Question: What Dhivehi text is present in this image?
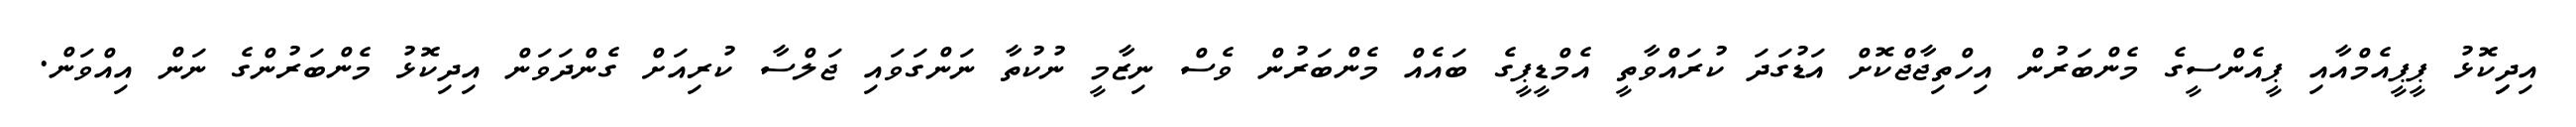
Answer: އިދިިކޮޅު ޕީޕީއެމްއާއި ޕީއެންސީގެ މެންބަރުން އިހްތިޖާޖްކޮށް އަޑުގަދަ ކުރައްވާތީ އެމްޑީޕީގެ ބައެއް މެންބަރުން ވެސް ނިޒާމީ ނުކުތާ ނަންގަވައި ޖަލްސާ ކުރިއަށް ގެންދަވަން އިދިކޮޅު މެންބަރުންގެ ނަން އިއްވަން.